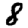
Digit: 8